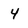
Character: 4